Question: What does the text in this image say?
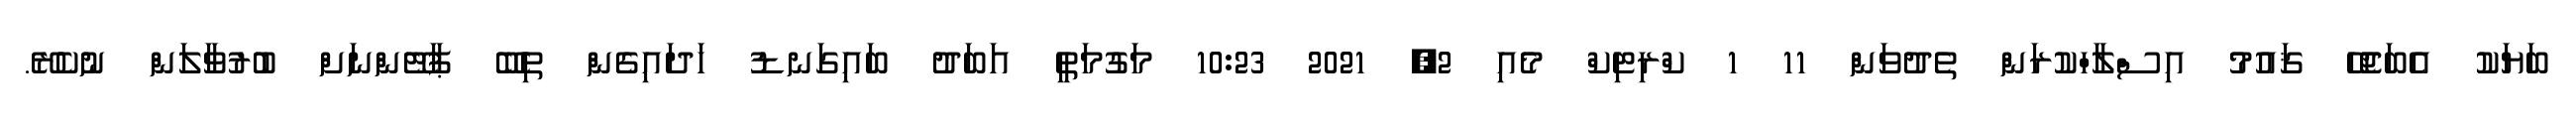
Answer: ބަޔަކު އެބަޖެހޭ ޤައުމު އިސްލާހްކުރަން ތެދުވަން 11 1 ކްރިޓިކް މެއި 2, 2021 10:23 މަގުމަތީ އަބަދު ބައިގަނޑު ހަދައިގެން ތިބޭ ޕާޓޭންނަށް ބުރުވާލަން ނުކެރޭ.